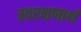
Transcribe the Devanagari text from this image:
स्वरक्षणार्थ